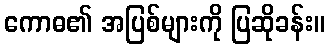
ကောဓ၏ အပြစ်များကို ပြဆိုခန်း။